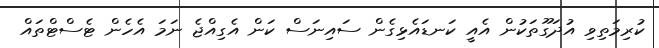
ކުރިމަތިވި އުދަގޫތަކުން އެއީ ކަނޑައެޅިގެން ސައިނަސް ކަން އެގިއްޖެ ނަމަ އެހެން ޓެސްޓްތައް